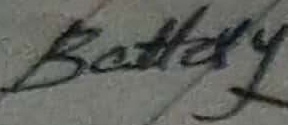
Text: Battery